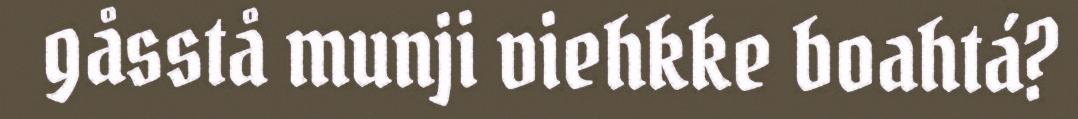
gåsstå munji viehkke boahtá?